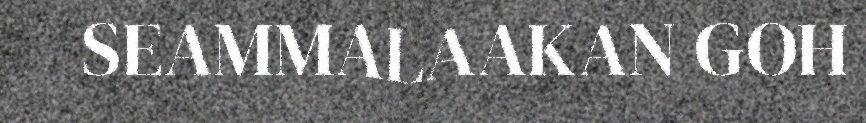
SEAMMALAAKAN GOH